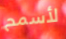
لأسمح